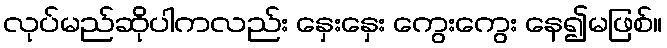
လုပ်မည်ဆိုပါကလည်း နှေးနှေး ကွေးကွေး နေ၍မဖြစ်။